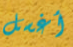
أغسل